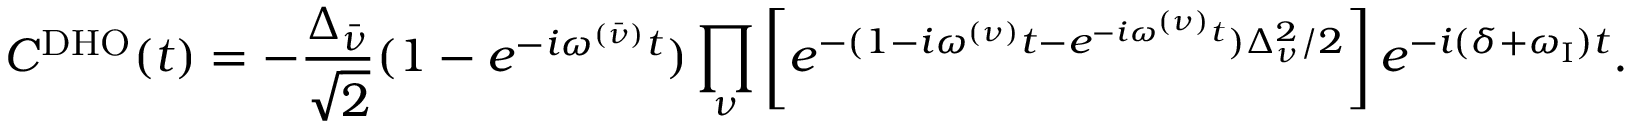
C ^ { \mathrm { { D H O } } } ( t ) = - \frac { \Delta _ { \bar { \nu } } } { \sqrt { 2 } } ( 1 - e ^ { - i \omega ^ { ( \bar { \nu } ) } t } ) \prod _ { \nu } \left[ e ^ { - ( 1 - i \omega ^ { ( \nu ) } t - e ^ { - i \omega ^ { ( \nu ) } t } ) \Delta _ { \nu } ^ { 2 } / 2 } \right] e ^ { - i ( \delta + \omega _ { \mathrm { I } } ) t } .